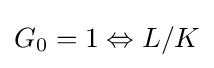
G_{0}=1\Leftrightarrow L/K